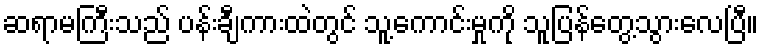
ဆရာမကြီးသည် ပန်းချီကားထဲတွင် သူ့ကောင်းမှုကို သူပြန်တွေ့သွားလေပြီ။